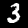
Label: 3